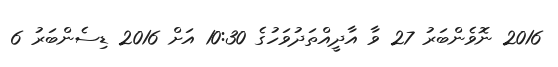
2016 ނޮވެންބަރު 27 ވާ އާދީއްތަދުވަހުގެ 10:30 އަށް 2016 ޑިސެންބަރު 6